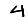
Digit: 4